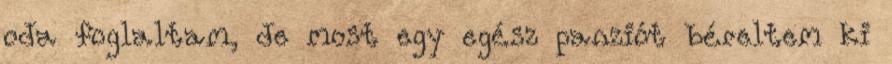
oda foglaltam, de most egy egész panziót béreltem ki